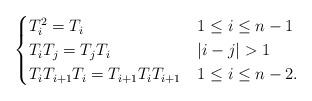
LaTeX: \begin{align*}\begin{cases}T_i^2 = T_i & 1 \leq i \leq n-1 \\T_i T_j = T_j T_i & |i-j| > 1 \\T_i T_{i+1} T_i = T_{i+1} T_i T_{i+1} & 1 \leq i \leq n-2.\end{cases}\end{align*}